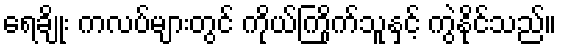
ရေချိုး ကလပ်များတွင် ကိုယ်ကြိုက်သူနှင့် ကွဲနိုင်သည်။